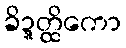
ခိဍ္ဍတ္ထိကော